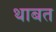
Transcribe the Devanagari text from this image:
थाबत